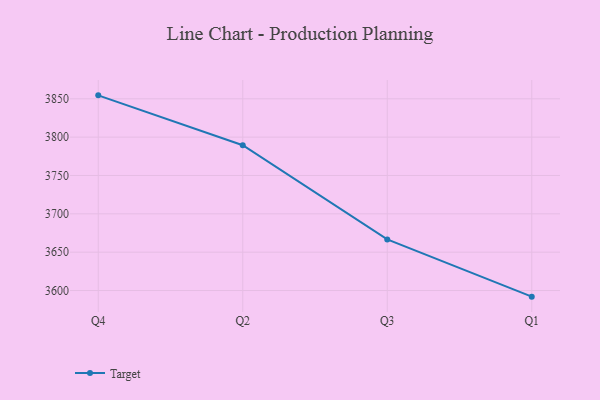
{"axis": {"x": "Quarter", "y": "Backlog"}, "legend": ["Target"], "data": [{"x": "Q4", "y": 3854.5, "type": "Target"}, {"x": "Q2", "y": 3789.5, "type": "Target"}, {"x": "Q3", "y": 3666.6, "type": "Target"}, {"x": "Q1", "y": 3592.0, "type": "Target"}]}